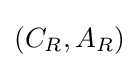
(C_{R},A_{R})